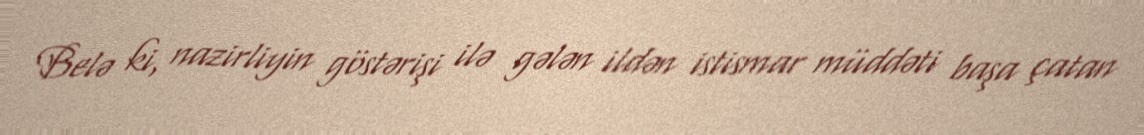
Belə ki, nazirliyin göstərişi ilə gələn ildən istismar müddəti başa çatan